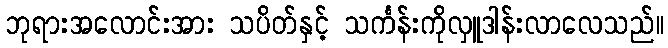
ဘုရားအလောင်းအား သပိတ်နှင့် သင်္ကန်းကိုလှူဒါန်းလာလေသည်။